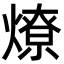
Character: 燎